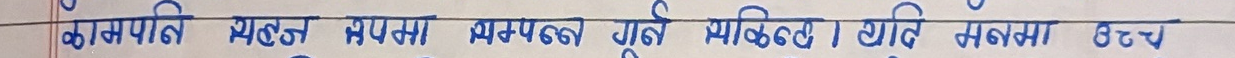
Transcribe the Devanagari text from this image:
काभनि सङ्घन रूपमा सम्पर्क गर्न सकिन्छ । यति मनमा उच्च